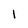
Character: 1